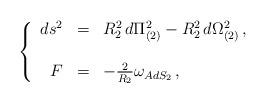
LaTeX: \begin{align*}\left\{ \begin{array}{rcl}ds^{2} & = & R_{2}^{2}\, d\Pi_{(2)}^{2} -R_{2}^{2}\, d\Omega_{(2)}^{2}\, , \\& & \\F & = & -\frac{2}{R_{2}}\omega_{AdS_{2}}\, ,\\ \end{array}\right.\end{align*}